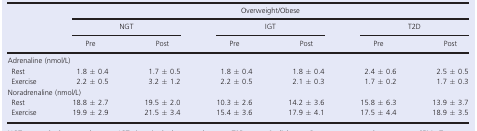
| <ROWSPAN=3>  | <COLSPAN=6> Overweight/Obese |
 | <COLSPAN=2> NGT | <COLSPAN=2> IGT | <COLSPAN=2> T2D |
 | Pre | Post | Pre | Post | Pre | Post |
 | --- | --- | --- | --- | --- | --- | --- |
 | <COLSPAN=7> Adrenaline (nmol/L) |
 | Rest | 1.8 ± 0.4 | 1.7 ± 0.5 | 1.8 ± 0.4 | 1.8 ± 0.4 | 2.4 ± 0.6 | 2.5 ± 0.5 |
 | Exercise | 2.2 ± 0.5 | 3.2 ± 1.2 | 2.2 ± 0.5 | 2.1 ± 0.3 | 1.7 ± 0.2 | 1.7 ± 0.3 |
 | <COLSPAN=7> Noradrenaline (nmol/L) |
 | Rest | 18.8 ± 2.7 | 19.5 ± 2.0 | 10.3 ± 2.6 | 14.2 ± 3.6 | 15.8 ± 6.3 | 13.9 ± 3.7 |
 | Exercise | 19.9 ± 2.9 | 21.5 ± 3.4 | 15.4 ± 3.6 | 17.9 ± 4.1 | 17.5 ± 4.4 | 18.9 ± 3.5 |